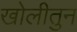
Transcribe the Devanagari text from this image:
खोलीतुन